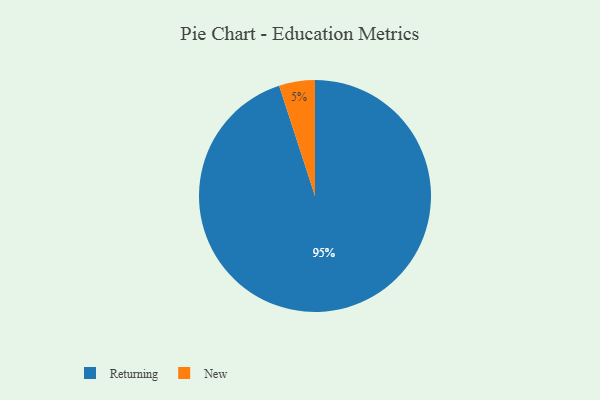
{"axis": {"x": "Category", "y": "Percentage"}, "legend": ["New", "Returning"], "data": [{"x": "New", "y": 5, "type": "New"}, {"x": "Returning", "y": 95, "type": "Returning"}]}